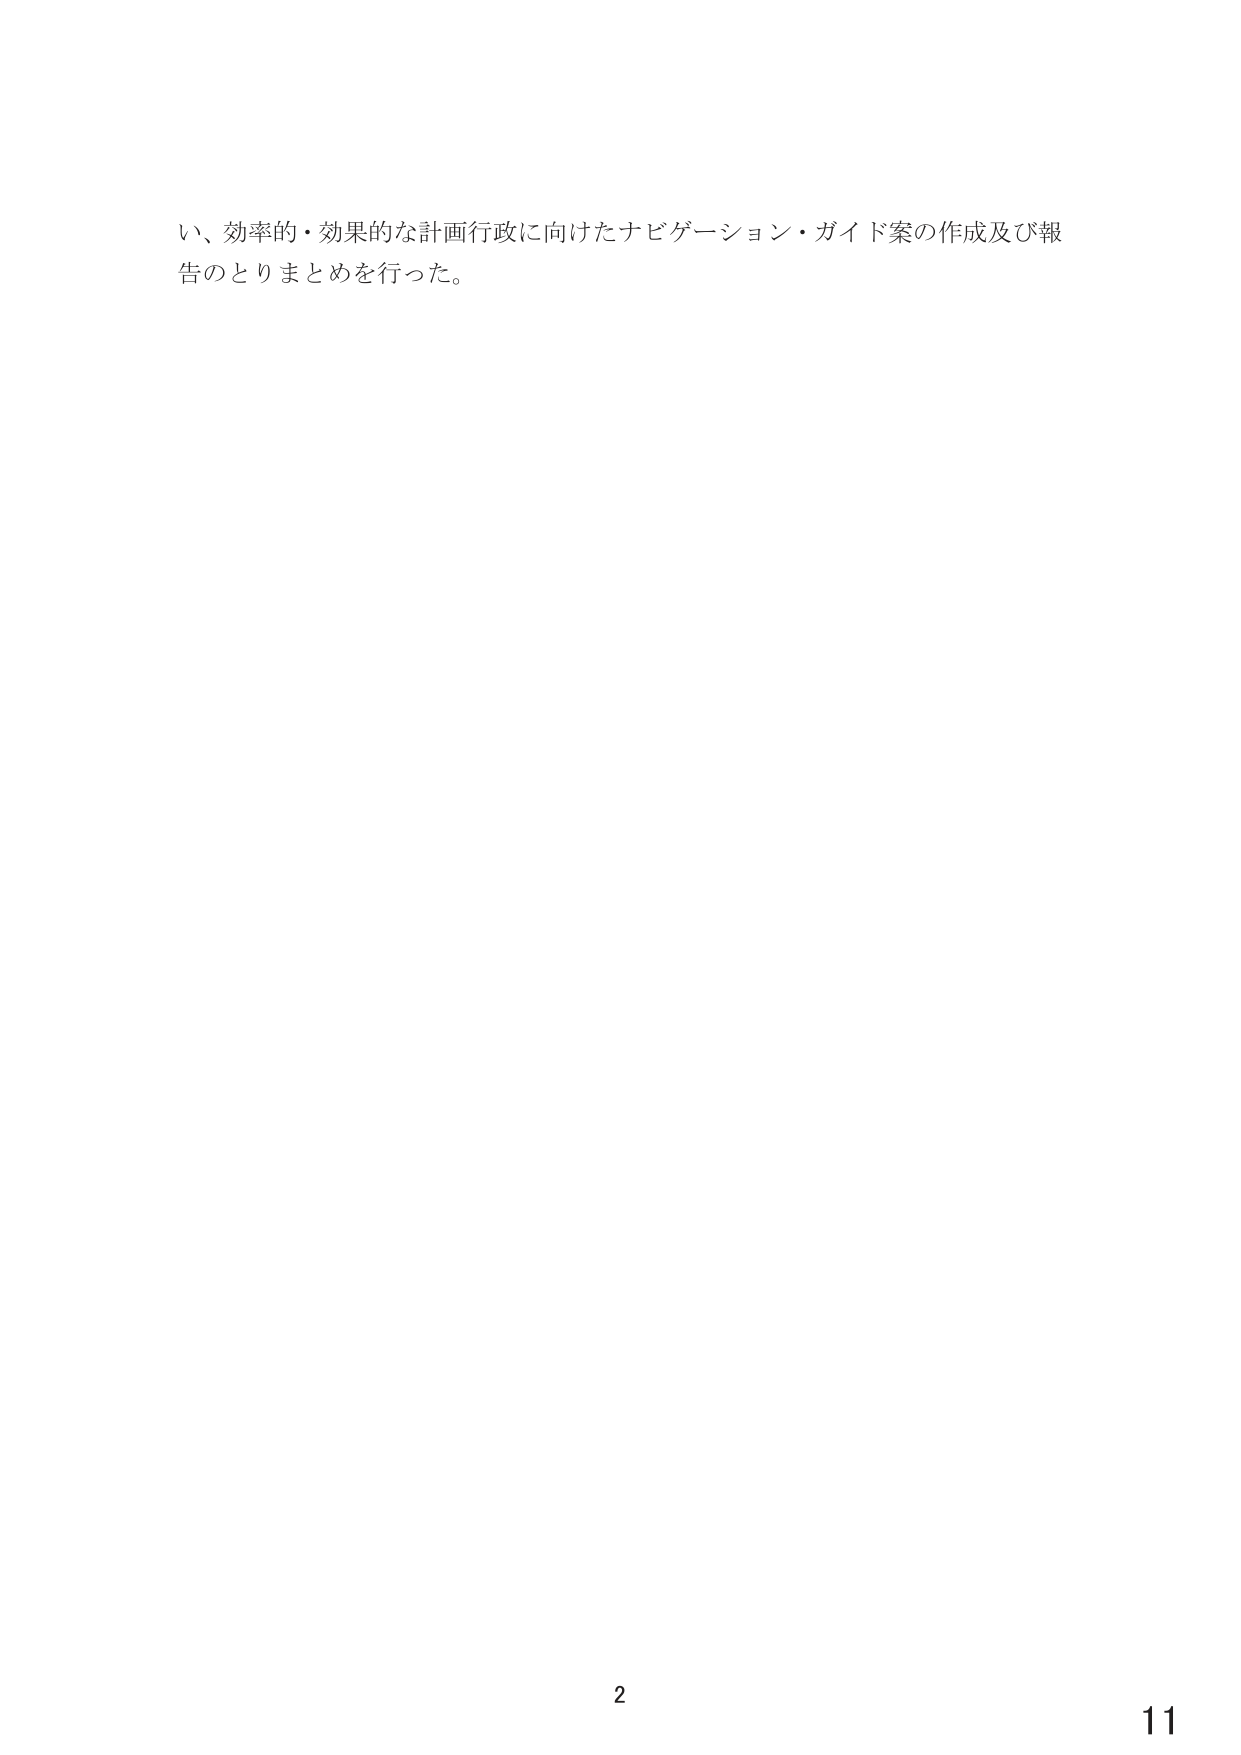
い、効率的・効果的な計画行政に向けたナビゲーション・ガイド案の作成及び報告のとりまとめを行った。

2
11